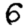
Digit: 6